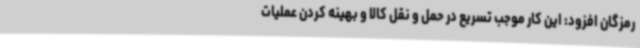
رمزگان افزود: این کار موجب تسریع در حمل و نقل کالا و بهینه کردن عملیات